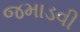
જમાડવી